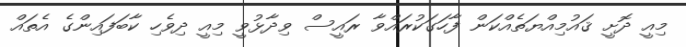
މިއީ ދޮށީ ޤައުމިއްޔަތެއްކަން ފާހަގަކުރައްވާ ރައީސް ވިދާޅުވީ މިއީ ދިވެހި ކާބަފައިންގެ އެތައް